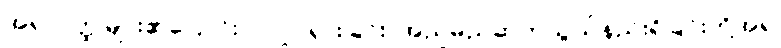
အရာဝတ္ထုများ၏ပြောင်းလဲလှုပ်ရှားခြင်း၊ အညမညဆက်သွယ်နည်းရှိခြင်းတို့အရ